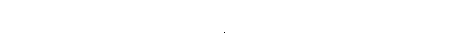
လျှောက်၏။) ဝင်္ဂီသ၊ ဝင်္ဂီသ။ တေန ဟိ၊ ထိုသို့ ထပြီးကား။ ပုဗ္ဗေ၊ ရှေး၌။